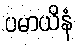
ပမာယိနံ